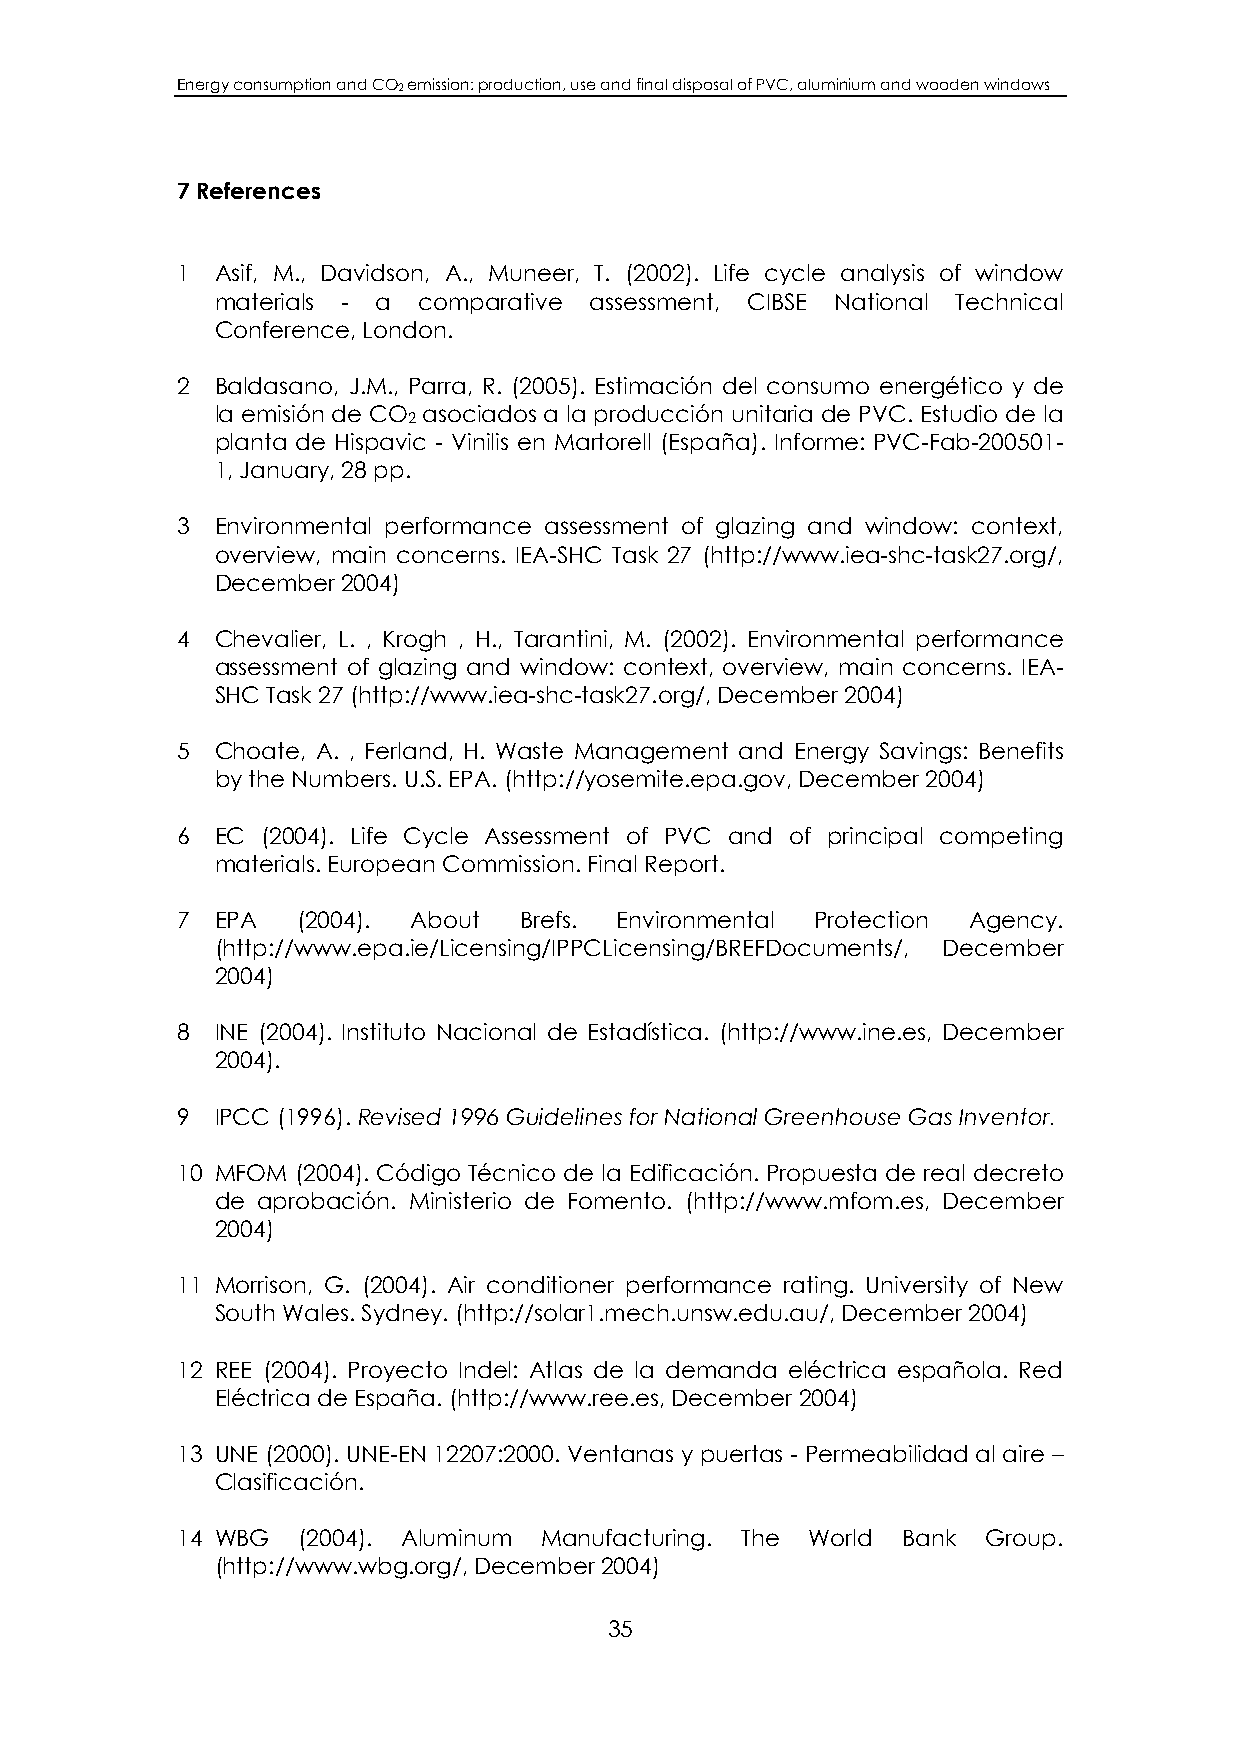
Energy consumption and CO2 emission: production, use and final disposal of PVC, aluminium and wooden windows
 7 References
 1 Asif, M., Davidson, A., Muneer, T. (2002). Life cycle analysis of window
 materials - a comparative assessment, CIBSE National Technical
 Conference, London.
 2 Baldasano, J.M., Parra, R. (2005). Estimación del consumo energético y de
 la emisión de CO asociados a la producción unitaria de PVC. Estudio de la
 2
 planta de Hispavic - Vinilis en Martorell (España). Informe: PVC-Fab-200501-
 1, January, 28 pp.
 3 Environmental performance assessment of glazing and window: context,
 overview, main concerns. IEA-SHC Task 27 (http://www.iea-shc-task27.org/,
 December 2004)
 4 Chevalier, L. , Krogh , H., Tarantini, M. (2002). Environmental performance
 assessment of glazing and window: context, overview, main concerns. IEA-
 SHC Task 27 (http://www.iea-shc-task27.org/, December 2004)
 5 Choate, A. , Ferland, H. Waste Management and Energy Savings: Benefits
 by the Numbers. U.S. EPA. (http://yosemite.epa.gov, December 2004)
 6 EC (2004). Life Cycle Assessment of PVC and of principal competing
 materials. European Commission. Final Report.
 7 EPA   (2004). About Brefs. Environmental Protection Agency.
 (http://www.epa.ie/Licensing/IPPCLicensing/BREFDocuments/, December
 2004)
 8 INE (2004). Instituto Nacional de Estadística. (http://www.ine.es, December
 2004).
 9 IPCC (1996). Revised 1996 Guidelines for National Greenhouse Gas Inventor.
 10 MFOM (2004). Código Técnico de la Edificación. Propuesta de real decreto
 de aprobación. Ministerio de Fomento. (http://www.mfom.es, December
 2004)
 11 Morrison, G. (2004). Air conditioner performance rating. University of New
 South Wales. Sydney. (http://solar1.mech.unsw.edu.au/, December 2004)
 12 REE (2004). Proyecto Indel: Atlas de la demanda eléctrica española. Red
 Eléctrica de España. (http://www.ree.es, December 2004)
 13 UNE (2000). UNE-EN 12207:2000. Ventanas y puertas - Permeabilidad al aire –
 Clasificación.
 14 WBG  (2004). Aluminum Manufacturing. The World Bank Group.
 (http://www.wbg.org/, December 2004)
 35